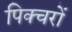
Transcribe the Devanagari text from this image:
पिक्चरों